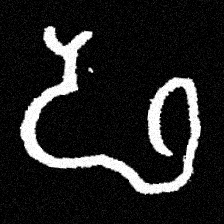
Pyu character \u2014 Myanmar letter: ဖ (romanized: pha)